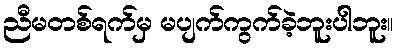
ညီမတစ်ရက်မှ မပျက်ကွက်ခဲ့ဘူးပါဘူး။